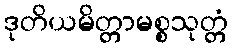
ဒုတိယမိတ္တာမစ္စသုတ္တံ